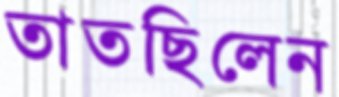
তাতছিলেন